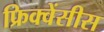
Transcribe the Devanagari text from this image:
फ्रिक्वेंसीस